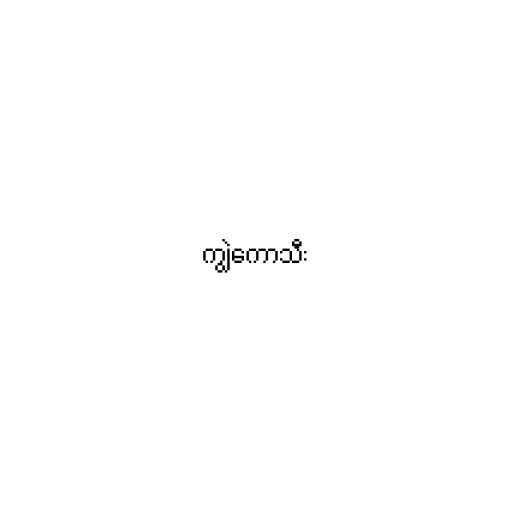
ကျွဲကောသီး